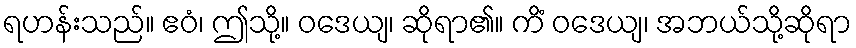
ရဟန်းသည်။ ဧဝံ၊ ဤသို့။ ဝဒေယျ၊ ဆိုရာ၏။ ကိံ ဝဒေယျ၊ အဘယ်သို့ဆိုရာ